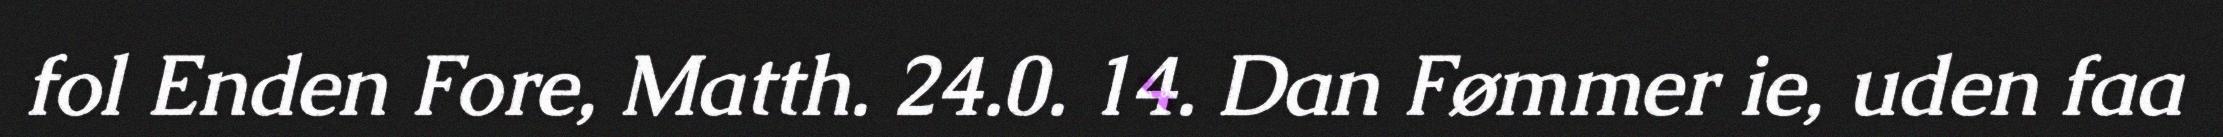
fol Enden Fore, Matth. 24.0. 14. Dan Fømmer ie, uden faa